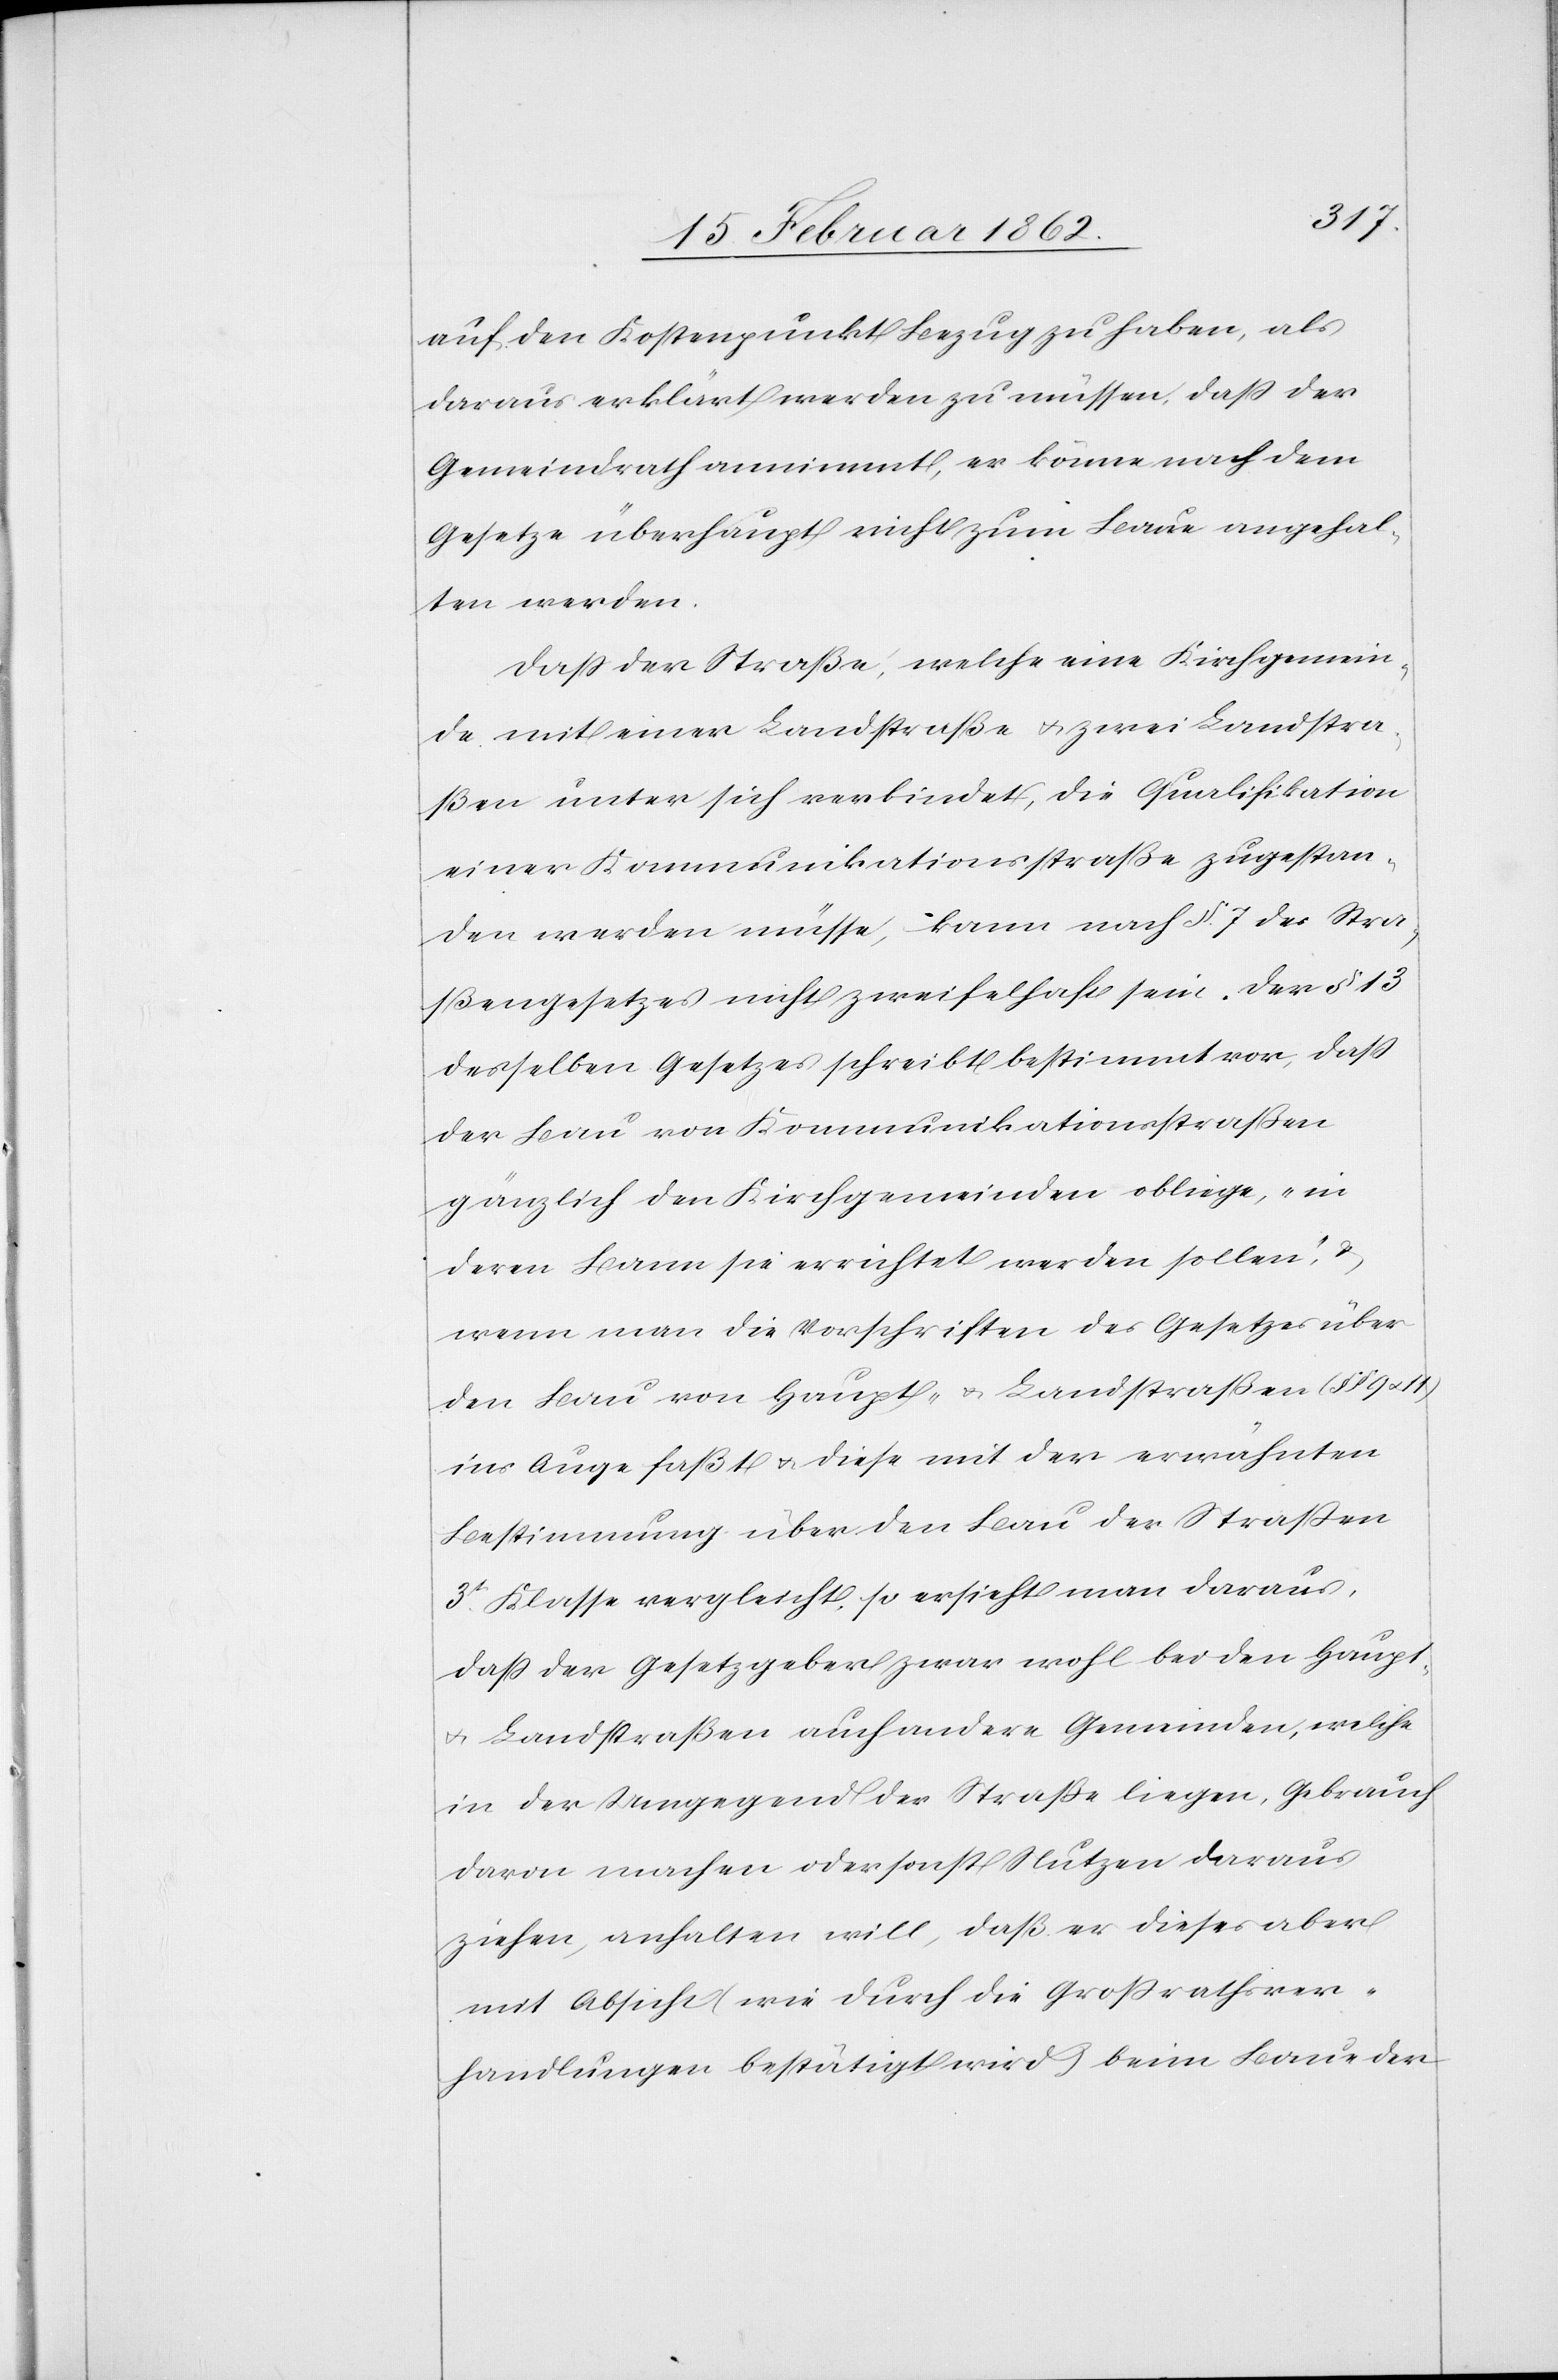
auf den Kostenpunkt Bezug zu haben, als
daraus erklärt werden zu müssen, daß der
Gemeindrath annimmt, er könne nach dem
Gesetze überhaupt nicht zum Baue angehal¬
ten werden.
Daß der Straße, welche eine Kirchgemein¬
de mit einer Landstraße u. zwei Landstra¬
ßen unter sich verbindet, die Qualifikation
einer Kommunikationsstraße zugestan¬
den werden müsse, kann nach §. 7 des Stra¬
ßengesetzes nicht zweifelhaft sein. Der § 13
desselben Gesetzes schreibt bestimmt vor, daß
der Bau von Kommunikationsstraßen
gänzlich den Kirchgemeinden obliege, „in
deren Bann sie errichtet werden sollen“, &
wenn man die Vorschriften des Gesetzes über
den Bau von Haupt- & Landstraßen (§
ins Auge faßt u. diese mit der erwähnten
Bestimmung über den Bau Straßen
3t. Klasse vergleicht, so ersieht man daraus,
daß der Gesetzgeber zwar wohl bei den Haupt-
u. Landstraßen auch andere Gemeinden, welche
in der Umgegend der Straße liegen, Gebrauch
davon machen oder sonst Nutzen daraus
ziehen, anhalten will, daß er dieses aber
mit Absicht (wie durch die Großrathsver¬
handlungen bestätigt wird) beim Baue der